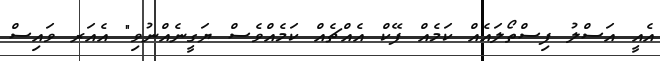
އެއީ އަސްލު ފިސްތޯލައެއް ކަމެއް ފޭކް އެއްޗެއް ކަމެއްވެސް ޔަގީނެއްނުވި" އެއަރ ވައިސް